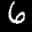
Label: 6